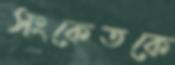
সংকেতকে